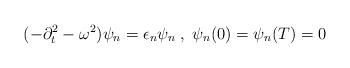
LaTeX: \begin{align*}(-\partial _{t}^{2}-\omega ^{2})\psi _{n}=\epsilon _{n}\psi _{n}\; ,\; \psi _{n}(0)=\psi _{n}(T)=0\end{align*}